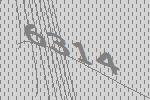
6314